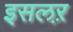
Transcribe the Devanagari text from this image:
इसलऱ़